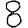
Digit: 8